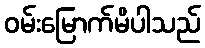
ဝမ်းမြောက်မိပါသည်